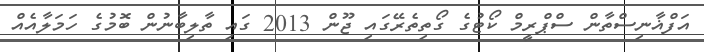
އަފްޣާނިސްތާން ސްޕްރީމް ކޯޓުގެ ގޯތިތެރޭގައި ޖޫން 2013 ގައި ތާލިބާނުން ބޮމުގެ ހަމަލާއެއް